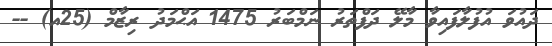
ދައުވަ އުފުލާފައިވާ މާލޭ ދަފްތަރު ނަމްބަރު 1475 އަޙްމަދު ރިޒާމް (25އ) --